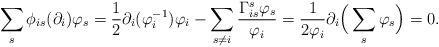
LaTeX: \begin{align*} \sum_s\phi_{is}(\partial_i)\varphi_s&=\frac{1}{2}\partial_i(\varphi^{-1}_i)\varphi_i-\sum_{s\neq i}\frac{\Gamma_{is}^s\varphi_s}{\varphi_i}=\frac{1}{2\varphi_i}\partial_i\Big(\sum_s\varphi_s\Big)=0. \end{align*}